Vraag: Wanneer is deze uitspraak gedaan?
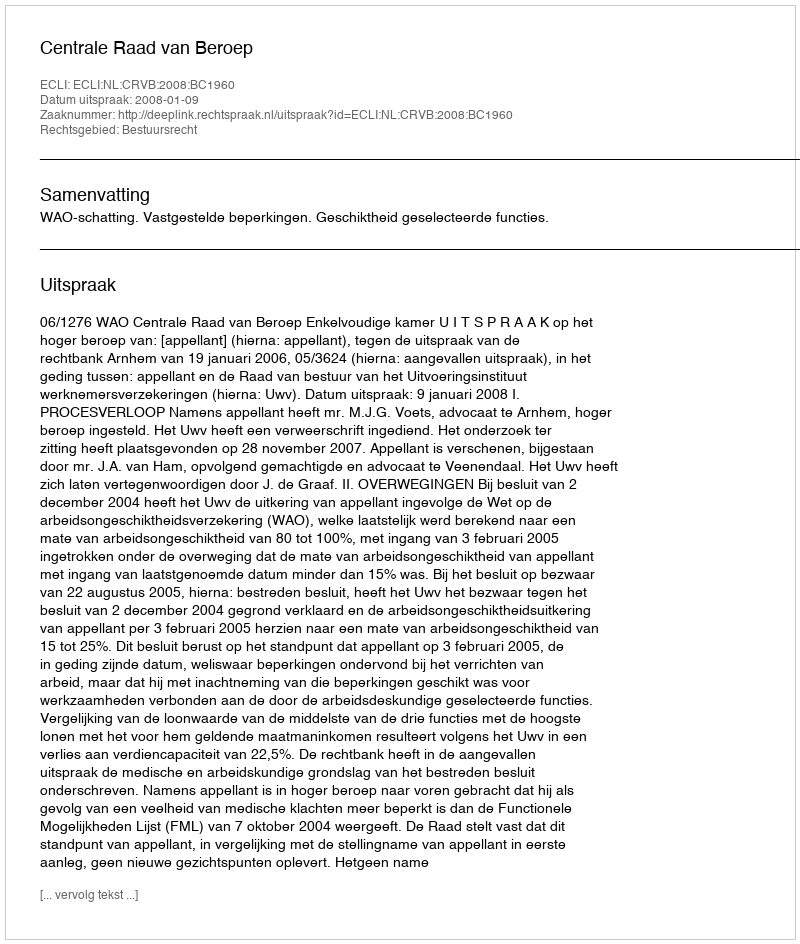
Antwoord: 2008-01-09